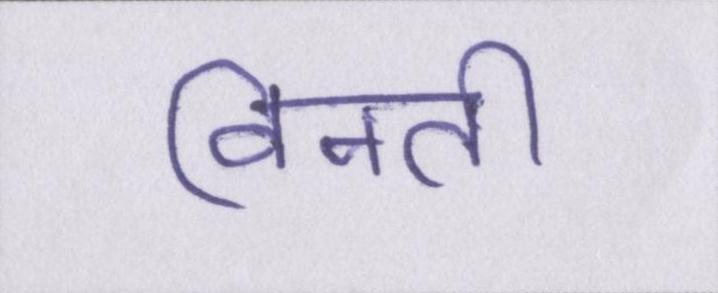
विनती